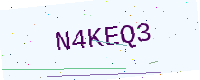
Text: N4KEQ3